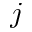
j